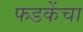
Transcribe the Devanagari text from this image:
फडकेंचा